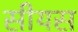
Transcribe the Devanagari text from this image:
सीयस